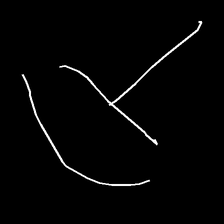
Glyph: dispersion